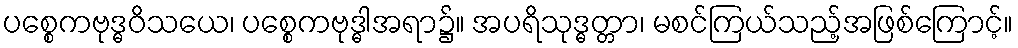
ပစ္စေကဗုဒ္ဓဝိသယေ၊ ပစ္စေကဗုဒ္ဓါအရာ၌။ အပရိသုဒ္ဓတ္တာ၊ မစင်ကြယ်သည့်အဖြစ်ကြောင့်။